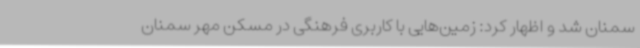
سمنان شد و اظهار کرد: زمین‌هایی با کاربری فرهنگی در مسکن مهر سمنان